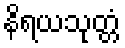
နိရယသုတ္တံ